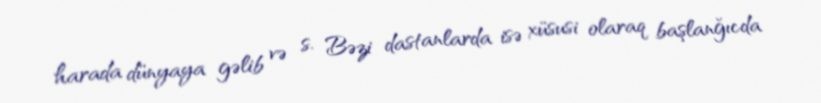
harada dünyaya gəlib və s. Bəzi dastanlarda isə xüsusi olaraq başlanğıcda